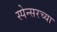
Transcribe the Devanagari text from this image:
स्पेन्सरच्या